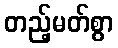
တည့်မတ်စွာ